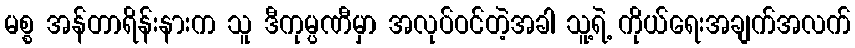
မစ္စ အန်တာရိန်းနားက သူ ဒီကုမ္ပဏီမှာ အလုပ်ဝင်တဲ့အခါ သူ့ရဲ့ ကိုယ်ရေးအချက်အလက်